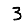
Digit: 3